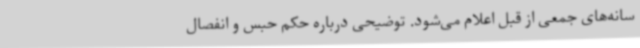
سانه‌های جمعی از قبل اعلام می‌شود. توضیحی درباره حکم حبس و انفصال